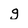
Character: g